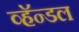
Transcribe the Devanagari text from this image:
व्हॅन्डल